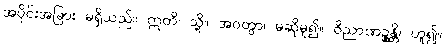
အပိုင်းအခြား မရှိသည်။ ဣတိ၊ သို့။ အဝတွာ၊ မဆိုမူ၍။ ဝိညာဏဉ္စန္တိ၊ ဟူ၍။